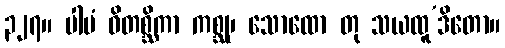
၃၂၇။ ပါမံ ဝိတစ္ဆိကာ ကစ္ဆု၊ သောထော တု သယထူ’ဒိတော။